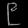
Digit: ၉